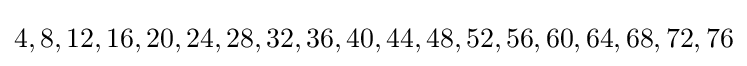
4,8,12,16,20,24,28,32,36,40,44,48,52,56,60,64,68,72,76